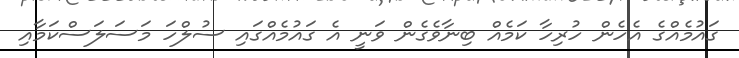
ގައުމެއްގެ އެހެން ހުރިހާ ކަމެއް ބިނާވެގެން ވަނީ އެ ގައުމެއްގައި ސުލްހަ މަސަލަސްކަމާއި